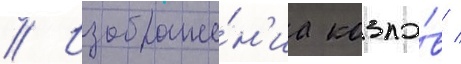
// Изображе́н'иа козло́в /